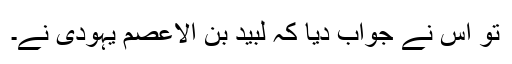
تو اس نے جواب دیا کہ لَبِیْد بن الْاَعْصَمْ یہودی نے۔